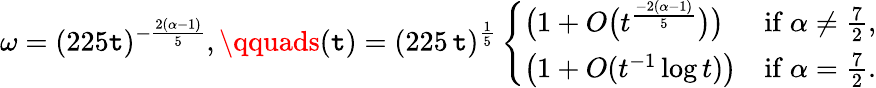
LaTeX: \omega=(225\mathtt{t})^{-\frac{{2(\alpha-1)}}{{5}}},\qquads(\mathtt{t})=(225\, \mathtt{t})^{\frac{1}{5}}\left\{ \begin{array}{ll}{\big(1+O\big(t^{\frac{-2(\alpha-1)}{5}}\big)\big)}&{\mathrm{if~}\alpha\ne\frac 72,}\\ {\big(1+O(t^{-1}\log t)\big)}&{\mathrm{if~}\alpha=\frac 72.}\end{array}\right.